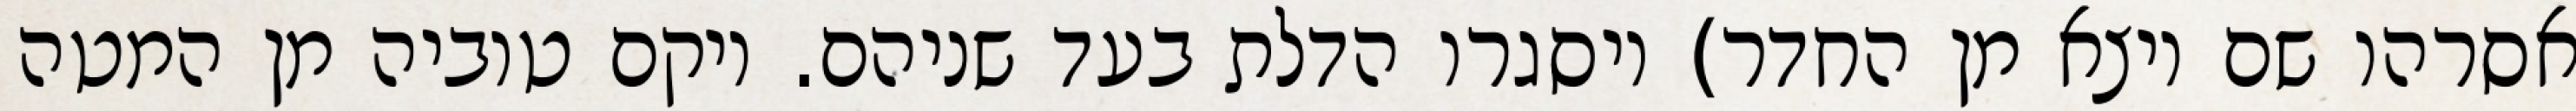
אסרהו שם ויצא מן החדר) ויסגרו הדלת בעד שניהם. ויקם טוביה מן המטה